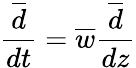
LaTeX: \frac{\overline{{d}}}{dt}=\overline{{w}}\frac{\overline{{d}}}{dz}